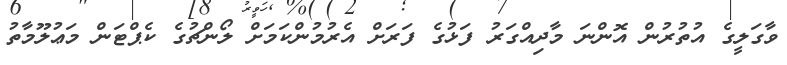
ވާގަލީގެ އުތުރުން އޮންނަ މާދިއްގަރު ފަޅުގެ ފަރަށް އެރުމުންކަމަށް ލޯންޗުގެ ކެޕްޓަން މަޢުލޫމާތު